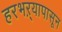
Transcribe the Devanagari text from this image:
हरभऱ्यापासून